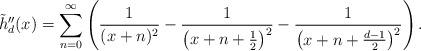
LaTeX: \begin{align*}\tilde{h}_d''(x) = \sum_{n=0}^\infty\left(\frac{1}{(x+n)^2}-\frac{1}{\left(x+n+\frac{1}{2}\right)^2}-\frac{1}{\left(x+n+\frac{d-1}{2}\right)^2}\right).\end{align*}